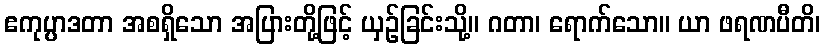
ဧကုပ္ပာဒတာ အစရှိသော အပြားတို့ဖြင့် ယှဉ်ခြင်းသို့။ ဂတာ၊ ရောက်သော။ ယာ ဖရဏပီတိ၊